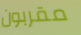
مقربون